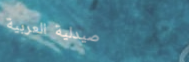
صيدلية العربية